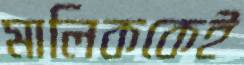
মালিককেই